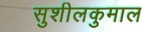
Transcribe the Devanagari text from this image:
सुशीलकुमाल